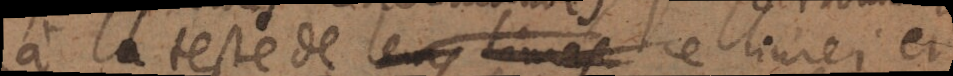
à la teste de leurs livres ce livre; et